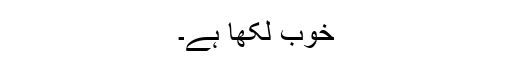
خوب لکھا ہے۔